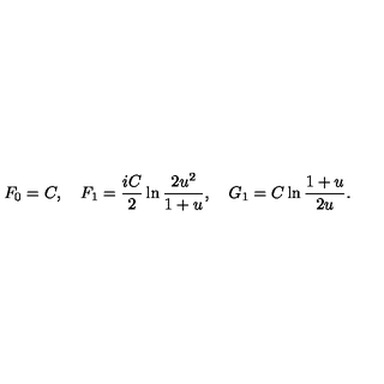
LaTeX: F _ { 0 } = C , \quad F _ { 1 } = \frac { i C } 2 \ln \frac { 2 u ^ { 2 } } { 1 + u } , \quad G _ { 1 } = C \ln \frac { 1 + u } { 2 u } .